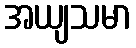
အယျသမာ